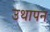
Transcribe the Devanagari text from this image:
उथापन